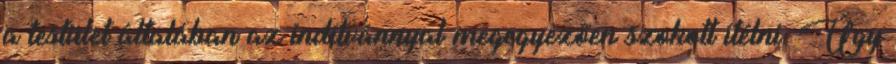
a testület általában az indítvánnyal megegyezően szokott ítélni. Úgy